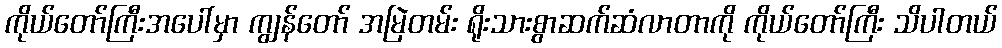
ကိုယ်တော်ကြီးအပေါ်မှာ ကျွန်တော် အမြဲတမ်း ရိုးသားစွာဆက်ဆံလာတာကို ကိုယ်တော်ကြီး သိပါတယ်